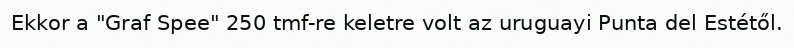
Ekkor a "Graf Spee" 250 tmf-re keletre volt az uruguayi Punta del Estétől.